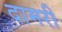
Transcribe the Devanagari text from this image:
दामरी